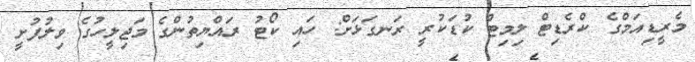
މެރީޑިއަމްގެ ކްރެޑިޓް ލިމިޓް ކުޑަކުރީ ރަނގަޅަށް: ހައި ކޯޓު ރައްޔިތުންގެ މަޖިލީހުގެ ވިލުފުށީ